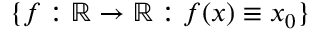
\{ f : \mathbb { R } \to \mathbb { R } : f ( x ) \equiv x _ { 0 } \}